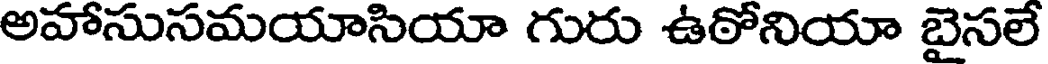
అహాసుసమయాసియా గురు ఉఠోనియా బైసలే